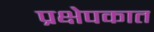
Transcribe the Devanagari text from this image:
प्रक्षेपकात